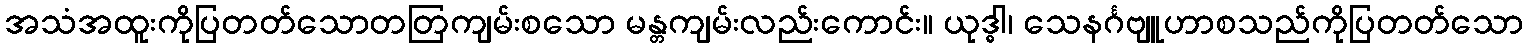
အသံအထူးကိုပြတတ်သောတတြကျမ်းစသော မန္တကျမ်းလည်းကောင်း။ ယုဒ္ဓါ၊ သေနင်္ဂဗျူဟာစသည်ကိုပြတတ်သော